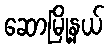
ဆောမြို့နယ်